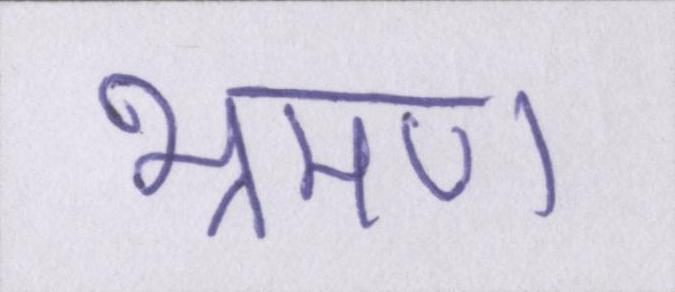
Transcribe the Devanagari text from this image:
भ्रमण